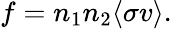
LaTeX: f=n_{1}n_{2}\langle\sigma v\rangle.